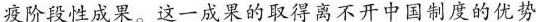
抗疫阶段性成果。这一成果的取得离不开中国制度的优势